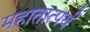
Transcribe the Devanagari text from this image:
महातात्पर्य